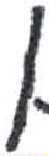
אות: ן